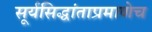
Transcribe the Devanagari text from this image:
सूर्यसिद्धांताप्रमाणेच